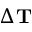
\Delta \mathbf { T }